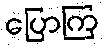
ပြောကြ